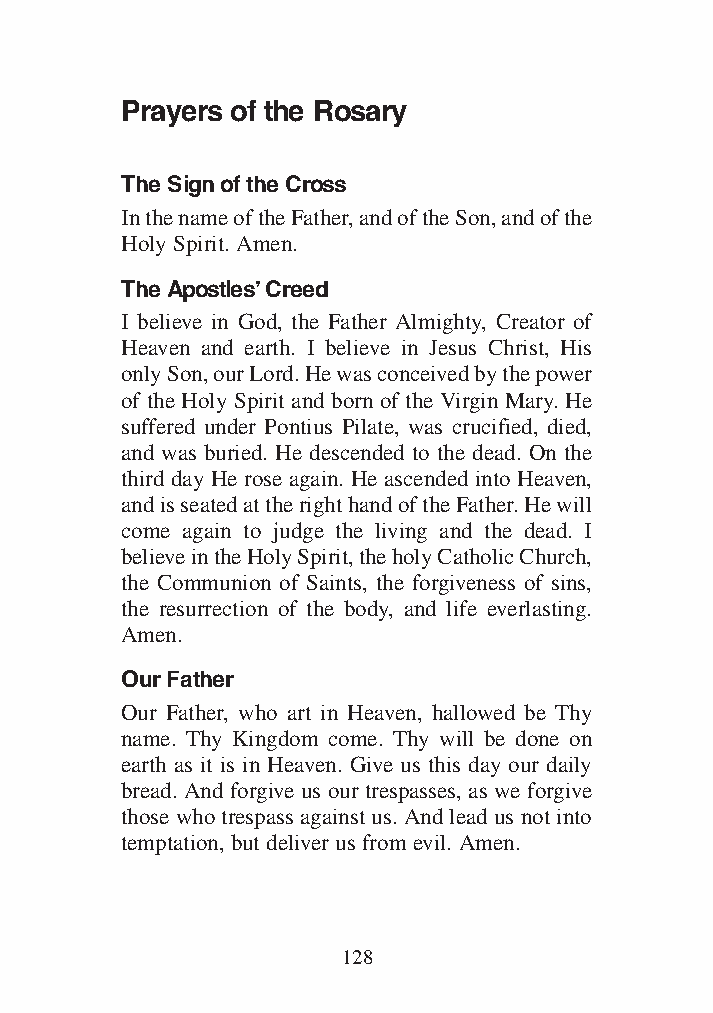
Common Appendix for all Vols_1 12/3/13 8:45 PM Page 128
 Prayers of the Rosary
 The Sign of the Cross
 In the name of the Father, and of the Son, and of the
 Holy Spirit. Amen.
 The Apostles’ Creed
 I believe in God, the Father Almighty, Creator of
 Heaven and earth. I believe in Jesus Christ, His
 only Son, our Lord. He was conceived by the power
 of the Holy Spirit and born of the Virgin Mary. He
 suffered under Pontius Pilate, was crucified, died,
 and was buried. He descended to the dead. On the
 third day He rose again. He ascended into Heaven,
 and is seated at the right hand of the Father. He will
 come again to judge the living and the dead. I
 believe in the Holy Spirit, the holy Catholic Church,
 the Communion of Saints, the forgiveness of sins,
 the resurrection of the body, and life everlasting.
 Amen.
 Our Father
 Our Father, who art in Heaven, hallowed be Thy
 name. Thy Kingdom come. Thy will be done on
 earth as it is in Heaven. Give us this day our daily
 bread. And forgive us our trespasses, as we forgive
 those who trespass against us. And lead us not into
 temptation, but deliver us from evil. Amen.
 128